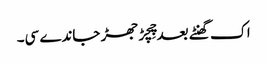
اک گھنٹے بعد چِچڑ جھڑ جاندے سی۔